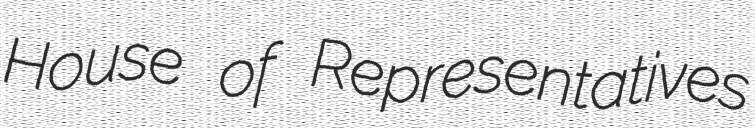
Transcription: House of Representatives